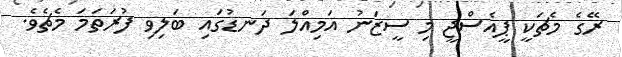
ރޭގެ މެޗަކީ ޕީއެސްޖީ މި ސީޒަނު އަމިއްލަ ދަނޑުގައި ބަލިވި ފުރަތަމަ މެޗެވެ.